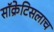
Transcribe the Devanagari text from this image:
सॉक्रेटिसलाच